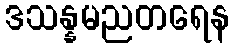
ဒသန္နမညတရေန